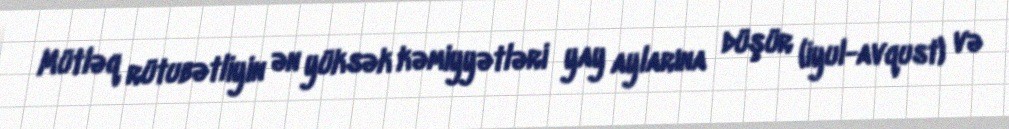
Mütləq rütubətliyin ən yüksək kəmiyyətləri yay aylarına düşür (iyul-avqust) və